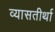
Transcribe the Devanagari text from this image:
व्यासतीर्था